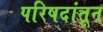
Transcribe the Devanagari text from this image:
परिषदांतून